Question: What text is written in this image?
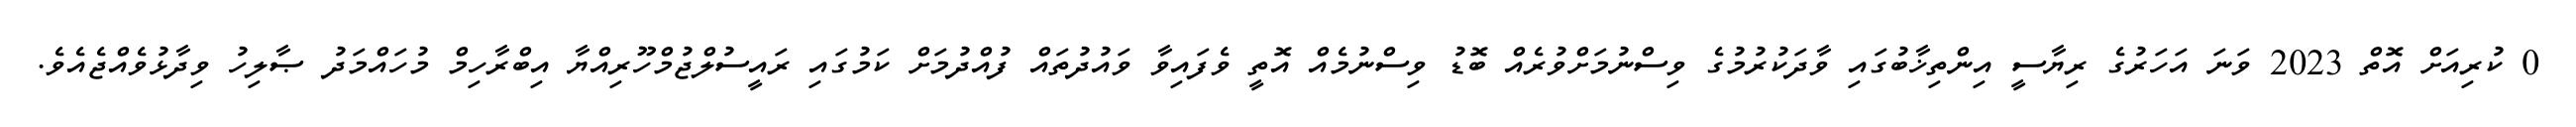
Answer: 0 ކުރިއަށް އޮތް 2023 ވަނަ އަހަރުގެ ރިޔާސީ އިންތިޚާބުގައި ވާދަކުރުމުގެ ވިސްނުމަށްވުރެއް ބޮޑު ވިސްނުމެއް އޮތީ ވެފައިވާ ވައުދުތައް ފުއްދުމަށް ކަމުގައި ރައީސުލްޖުމްހޫރިއްޔާ އިބްރާހިމް މުހައްމަދު ޞާލިހު ވިދާޅުވެއްޖެއެވެ.